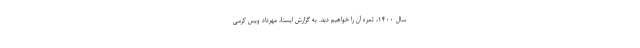
سال ۱۴۰۰، ثمره آن را خواهیم دید. به گزارش ایسنا، مهرداد ویس کرمی